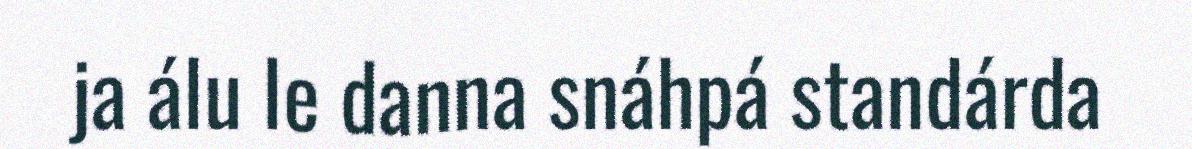
ja álu le danna snáhpá standárda